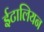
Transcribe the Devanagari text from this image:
ईटालियन